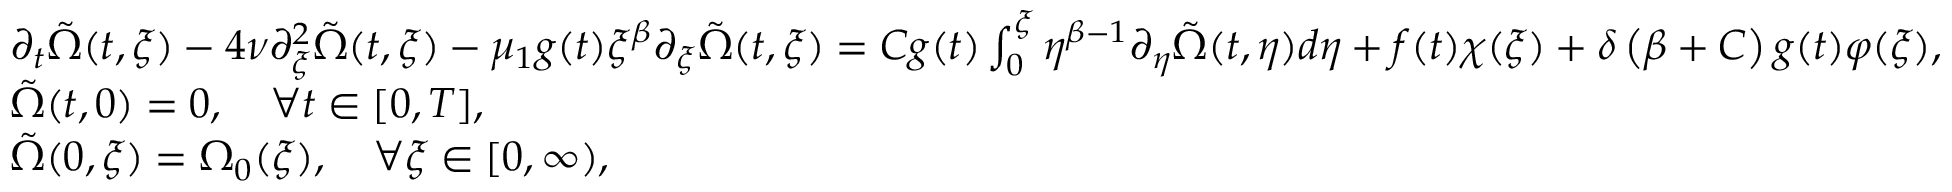
\begin{array} { r l } & { \partial _ { t } \tilde { \Omega } ( t , \xi ) - 4 \nu \partial _ { \xi } ^ { 2 } \tilde { \Omega } ( t , \xi ) - \mu _ { 1 } g ( t ) \xi ^ { \beta } \partial _ { \xi } \tilde { \Omega } ( t , \xi ) = C g ( t ) \int _ { 0 } ^ { \xi } \eta ^ { \beta - 1 } \partial _ { \eta } \tilde { \Omega } ( t , \eta ) d \eta + f ( t ) \chi ( \xi ) + \delta \left( \beta + C \right) g ( t ) \varphi ( \xi ) , } \\ & { \tilde { \Omega } ( t , 0 ) = 0 , \quad \forall t \in [ 0 , T ] , } \\ & { \tilde { \Omega } ( 0 , \xi ) = \Omega _ { 0 } ( \xi ) , \quad \forall \xi \in [ 0 , \infty ) , } \end{array}